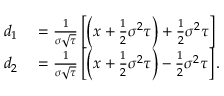
\begin{array} { r l } { d _ { 1 } } & { { } = { \frac { 1 } { \sigma { \sqrt { \tau } } } } \left[ \left( x + { \frac { 1 } { 2 } } \sigma ^ { 2 } \tau \right) + { \frac { 1 } { 2 } } \sigma ^ { 2 } \tau \right] } \\ { d _ { 2 } } & { { } = { \frac { 1 } { \sigma { \sqrt { \tau } } } } \left[ \left( x + { \frac { 1 } { 2 } } \sigma ^ { 2 } \tau \right) - { \frac { 1 } { 2 } } \sigma ^ { 2 } \tau \right] . } \end{array}